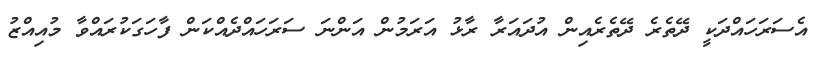
އެސަރަހައްދަކީ ދޭތެރެ ދޭތެރެއިން އުދައަރާ ރާޅު އަރަމުން އަންނަ ސަރަހައްދެއްކަން ފާހަގަކުރައްވާ މުއިއްޒު